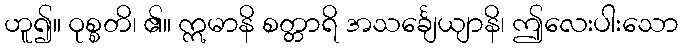
ဟူ၍။ ဝုစ္စတိ၊ ၏။ ဣမာနိ စတ္တာရိ အသင်္ချေယျာနိ၊ ဤလေးပါးသော